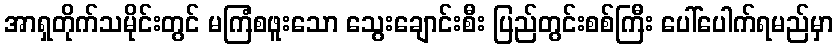
အာရှတိုက်သမိုင်းတွင် မကြံစဖူးသော သွေးချောင်းစီး ပြည်တွင်းစစ်ကြီး ပေါ်ပေါက်ရမည်မှာ